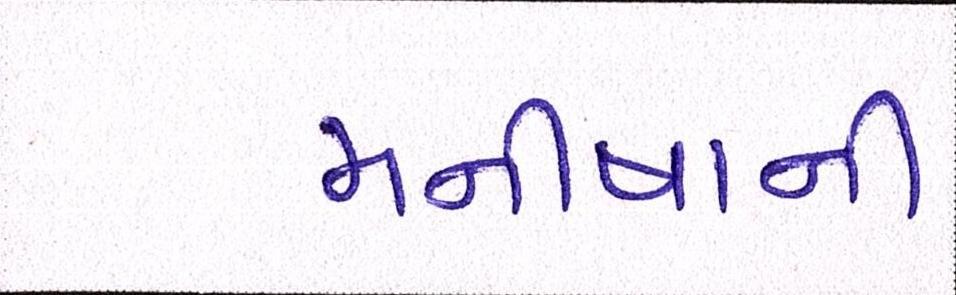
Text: મનીષાની